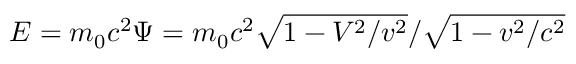
E = m _ { 0 } c ^ { 2 } \Psi = m _ { 0 } c ^ { 2 } \sqrt { 1 - V ^ { 2 } / v ^ { 2 } } / \sqrt { 1 - v ^ { 2 } / c ^ { 2 } }